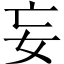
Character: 妄